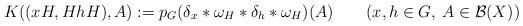
LaTeX: \begin{align*}K((xH, HhH), A):= p_G(\delta_x*\omega_H*\delta_h *\omega_H)(A)\quad\quad(x,h\in G,\> A\in{\mathcal B}(X))\end{align*}